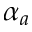
\alpha _ { a }